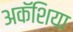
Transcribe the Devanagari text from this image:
अकॅशिया